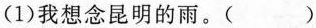
(1)我想念昆明的雨。()